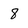
Character: 8